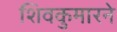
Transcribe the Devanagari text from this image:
शिवकुमारने